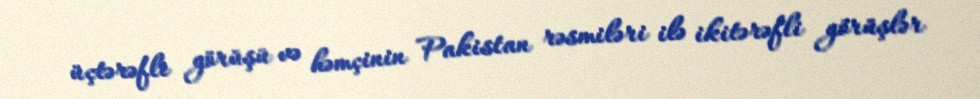
üçtərəfli görüşü və həmçinin Pakistan rəsmiləri ilə ikitərəfli görüşlər